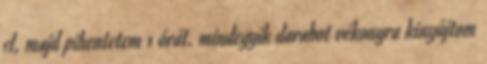
el, majd pihentetem 1 órát. mindegyik darabot vékonyra kinyújtom